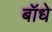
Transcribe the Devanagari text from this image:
बॉधे